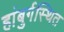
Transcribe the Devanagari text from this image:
हांबुर्गस्थित